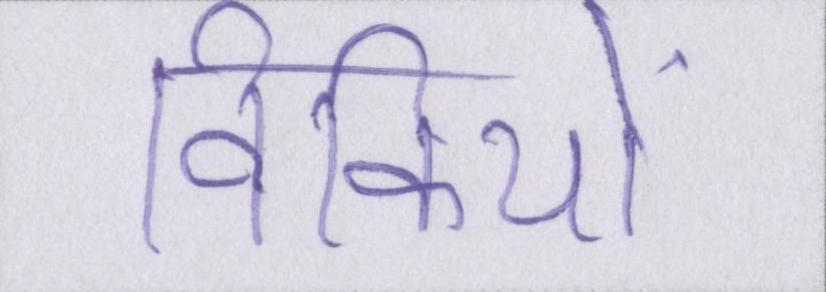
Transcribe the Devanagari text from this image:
विकियों